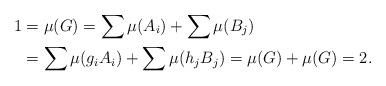
LaTeX: \begin{align*}1&=\mu(G)=\sum\mu(A_i)+\sum\mu(B_j)\\&=\sum\mu(g_iA_i)+\sum\mu(h_jB_j)=\mu(G)+\mu(G)=2.\end{align*}